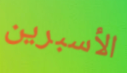
الأسبرين